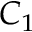
C _ { 1 }